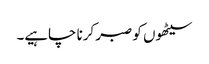
سیٹھوں کو صبر کرنا چاہیے۔